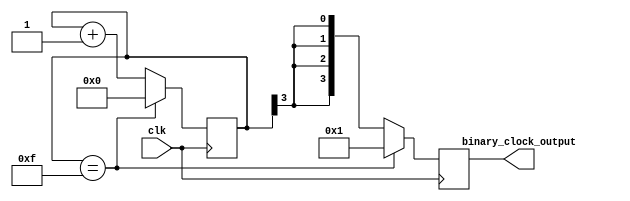
module binary_clock_divider (
  input clk,
  output reg [3:0] binary_clock_output
);

reg [3:0] counter;

always @(posedge clk) begin
  if (counter == 15) begin
    counter <= 0;
    binary_clock_output <= 4'b0001;
  end
  else begin
    counter <= counter + 1;
    binary_clock_output <= {4{counter[3]}};
  end
end

endmodule